Annual administration and progress report of the Indian Medical Department, Bombay
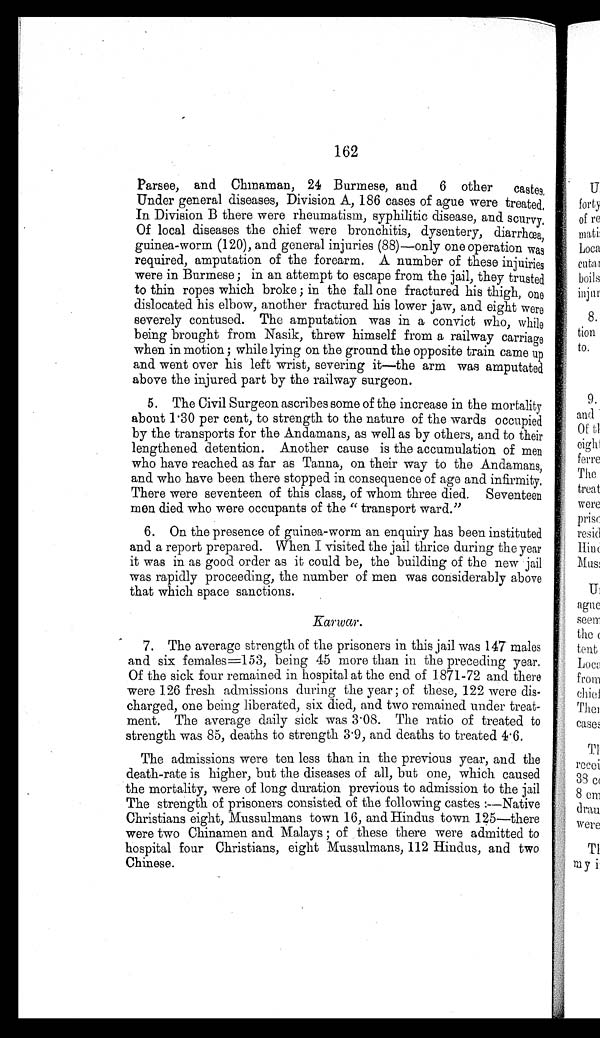
162
Parsee, and Chinaman, 24 Burmese, and 6 other castes,
Under general diseases, Division A, 186 cases of ague were treated,
In Division B there were rheumatism, syphilitic disease, and scurvy,
Of local diseases the chief were bronchitis, dysentery, diarrhœa,
guinea-worm (120), and general injuries (88)—only one operation was
required, amputation of the forearm. A number of these injuiries
were in Burmese ; in an attempt to escape from the jail, they trusted
to thin ropes which broke ; in the fall one fractured his thigh, one
dislocated his elbow, another fractured his lower jaw, and eight were
severely contused. The amputation was in a convict who, while
being brought from Nasik, threw himself from a railway carriage
when in motion ; while lying on the ground the opposite train came up
and went over his left wrist, severing it—the arm was amputated
above the injured part by the railway surgeon.
5. The Civil Surgeon ascribes some of the increase in the mortality
about 1.30 per cent, to strength to the nature of the wards occupied
by the transports for the Andamans, as well as by others, and to their
lengthened detention. Another cause is the accumulation of men
who have reached as far as Tanna, on their way to the Andamans,
and who have been there stopped in consequence of age and infirmity.
There were seventeen of this class, of whom three died. Seventeen
men died who were occupants of the "transport ward."
6. On the presence of guinea-worm an enquiry has been instituted
and a report prepared. When I visited the jail thrice during the year
it was in as good order as it could be, the building of the new jail
was rapidly proceeding, the number of men was considerably above
that which space sanctions.
Karwar .
7. The average strength of the prisoners in this jail was 147 males
and six females=153, being 45 more than in the preceding year.
Of the sick four remained in hospital at the end of 1871-72 and there
were 126 fresh admissions during the year; of these, 122 were dis
-
charged, one being liberated, six died, and two remained under treat
-
ment. The average daily sick was 3.08. The ratio of treated to
strength was 85, deaths to strength 3.9, and deaths to treated 4.6.
The admissions were ten less than in the previous year, and the
death-rate is higher, but the diseases of all, but one, which caused
the mortality, were of long duration previous to admission to the jail
The strength of prisoners consisted of the following castes:—Native
Christians eight, Mussulmans town 16, and Hindus town 125—there
were two Chinamen and Malays; of these there were admitted to
hospital four Christians, eight Mussulmans, 112 Hindus, and two
Chinese.